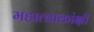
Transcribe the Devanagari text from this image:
महात्वाकांक्षी